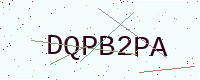
Text: DQPB2PA